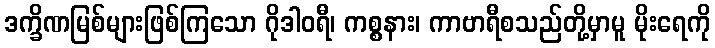
ဒက္ခိဏမြစ်များဖြစ်ကြသော ဂိုဒါဝရီ၊ ကစ္စနား၊ ကာဗာရီစသည်တို့မှာမူ မိုးရေကို